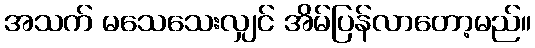
အသက် မသေသေးလျှင် အိမ်ပြန်လာတော့မည်။